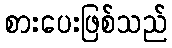
စားပေးဖြစ်သည်